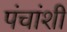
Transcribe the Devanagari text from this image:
पंचांशी